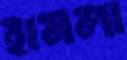
হামলা